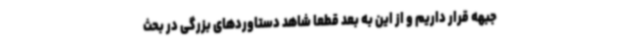
جبهه قرار داریم و از این به بعد قطعاً شاهد دستاوردهای بزرگی در بحث